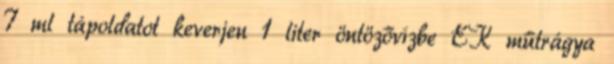
7 ml tápoldatot keverjen 1 liter öntözővízbe EK műtrágya